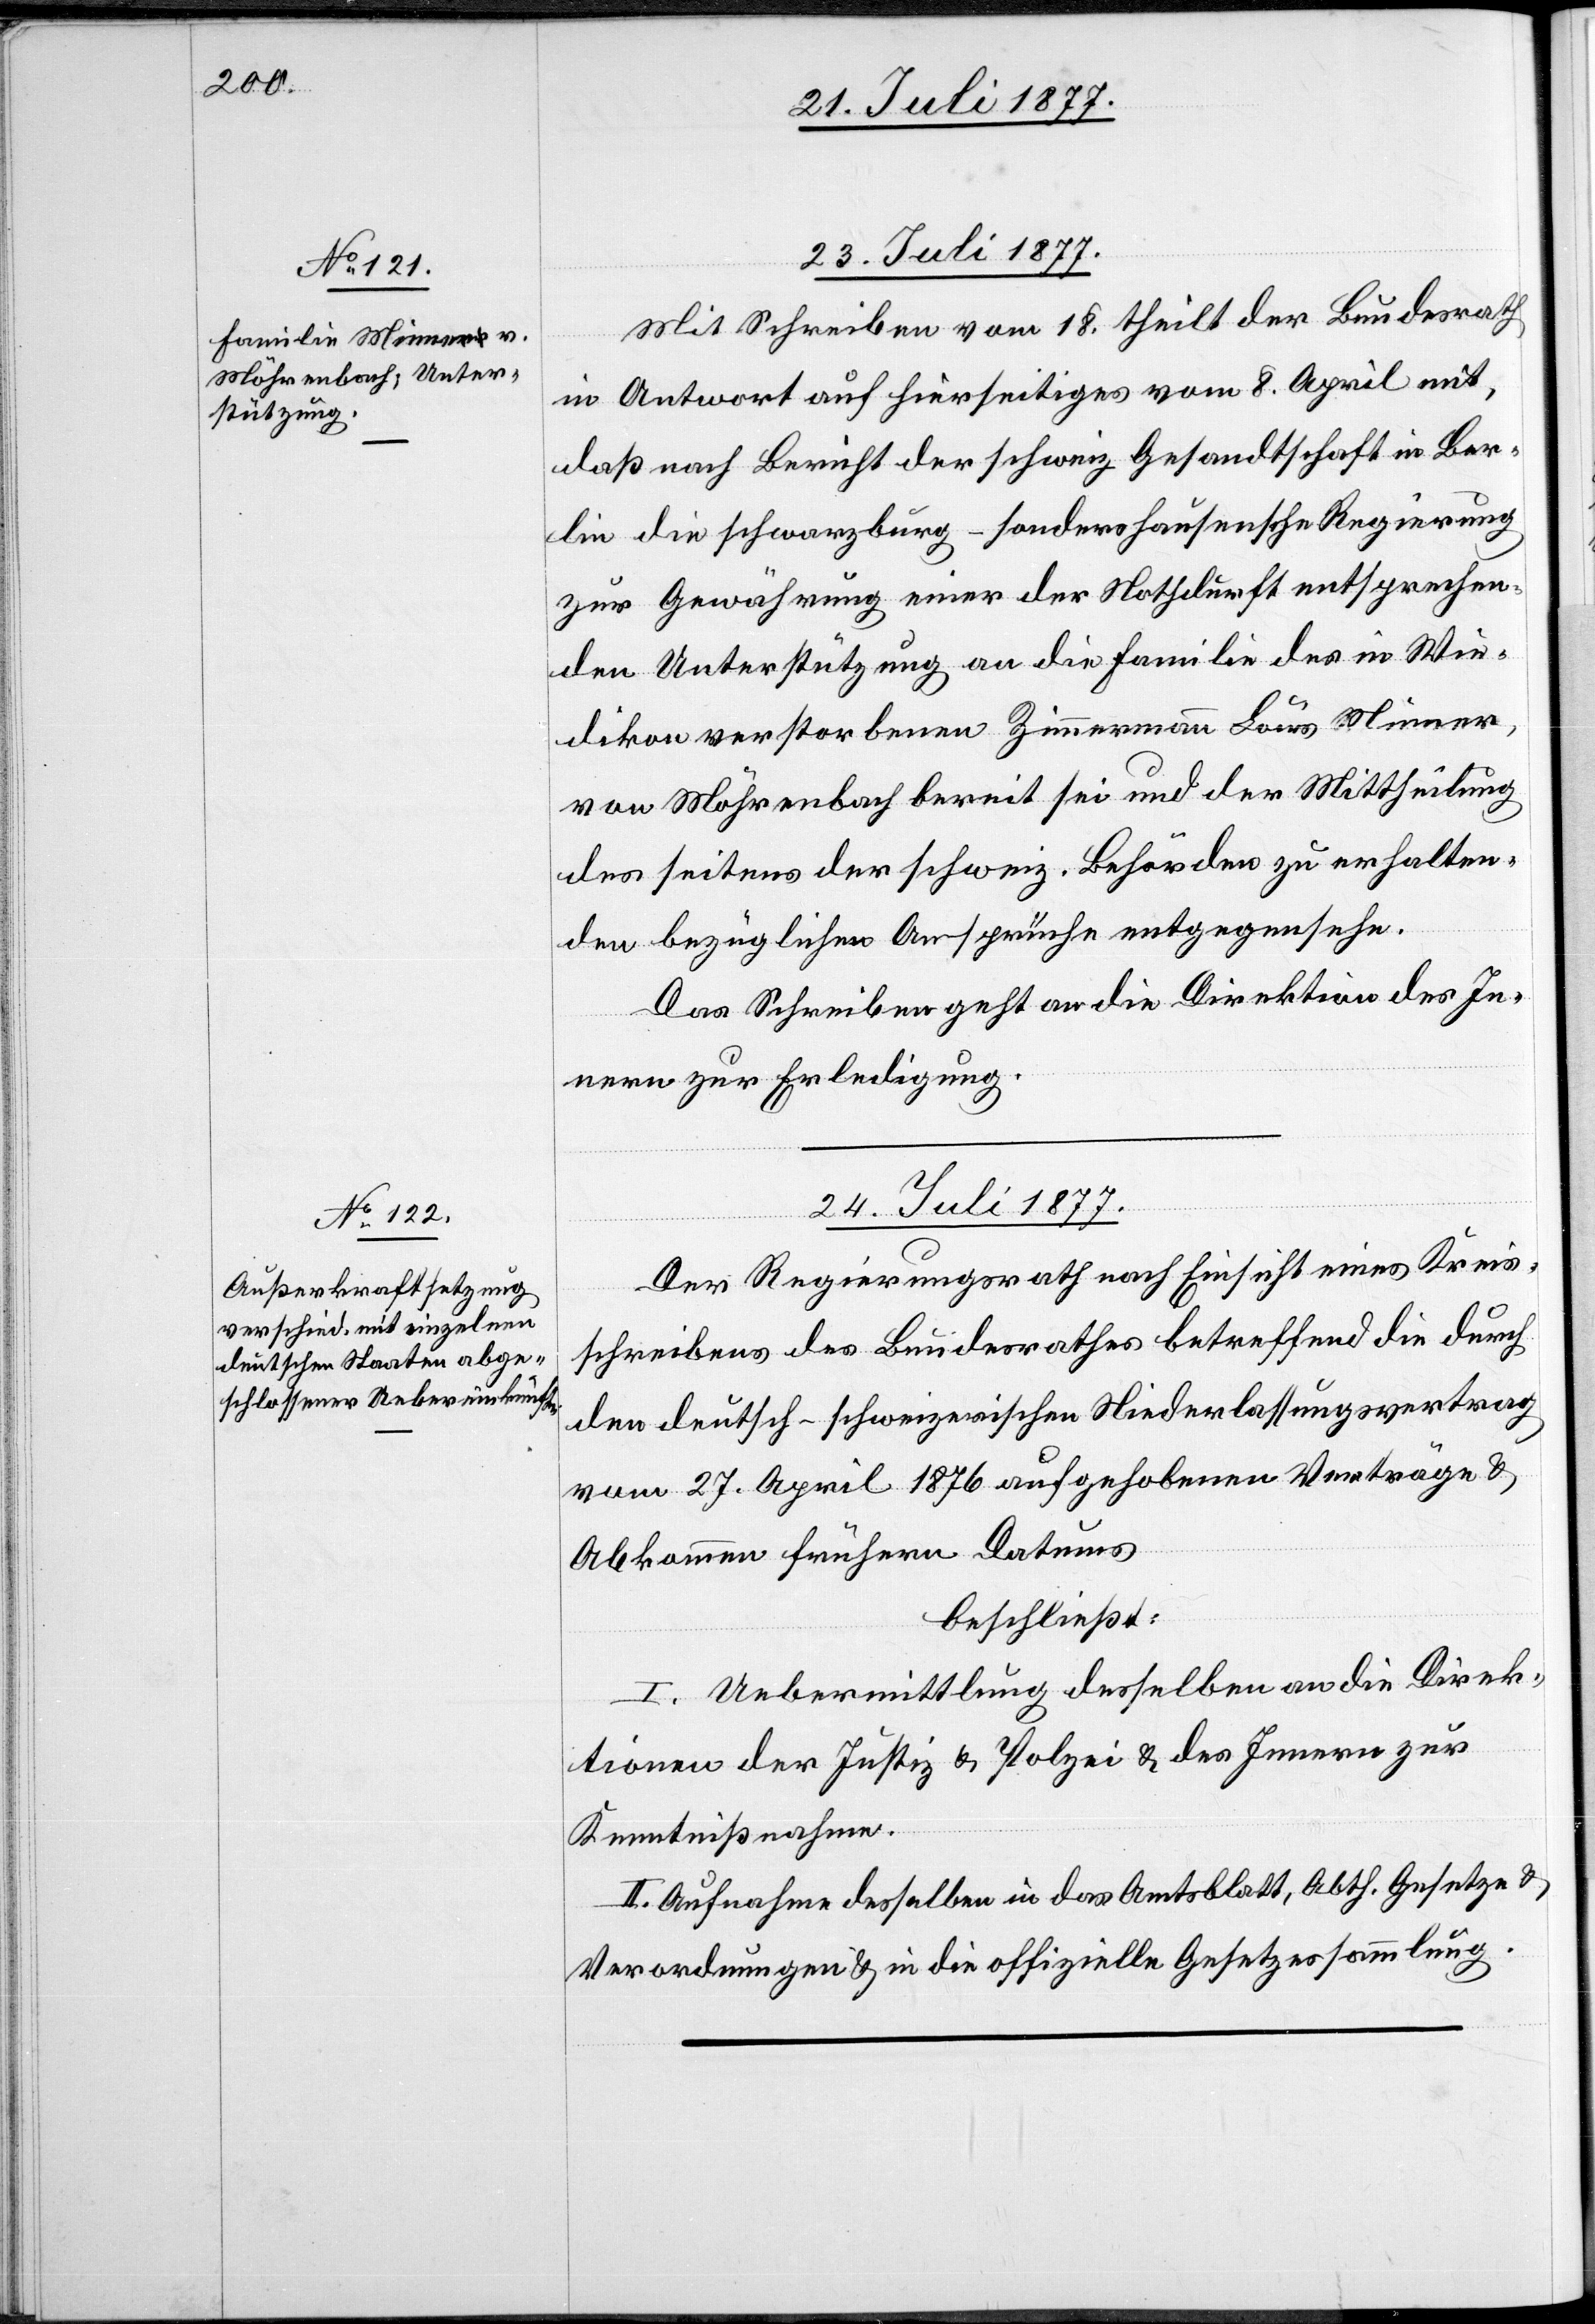
23. Juli 1877.
Mit Schreiben vom 18. theilt der Bundesrath
in Antwort auf hierseitiges vom 8. April mit,
daß nach Bericht der schweiz. Gesandtschaft in Ber¬
lin die schwarzburg-sondershausensche Regierung
zur Gewährung einer der Nothdurft entsprechen¬
den Unterstützung an die Familie des in Wie¬
dikon verstorbenen Zimmermann Louis Minner,
von Möhrenbach bereit sei und der Mittheilung
der] seitens der schweiz. Behörden zu erhalten¬
den bezüglichen Ansprüche entgegensehe.
Das Schreiben geht an die Direktion des In¬
nern zur Erledigung.
24. Juli 1877.
Der Regierungsrath nach Einsicht eines Kreis¬
schreibens des Bundesrathes betreffend die durch
den deutsch-schweizerischen Niederlassungsvertrag
vom 27. April 1876 aufgehobenen Verträge &
Abkommen frühern Datums
beschließt:
I. Uebermittlung desselben an die Direk¬
tionen der Justiz & Polizei & des Innern zur
Kenntnißnahme.
II. Aufnahme desselben in das Amtsblatt, Abth. Gesetze &
Verordnungen & in die offizielle Gesetzessammlung.